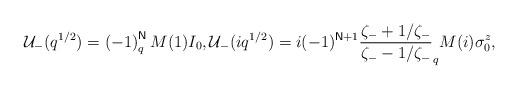
LaTeX: \begin{align*}\mathcal{U}_{-}(q^{1/2})=\left( -1\right) ^{\mathsf{N}}_{q}M(1)I_{0},\mathcal{U}_{-}(iq^{1/2})=i(-1)^{\mathsf{N}+1}\frac{\zeta _{-}+1/\zeta _{-}}{\zeta _{-}-1/\zeta _{-}}_{q}M(i)\sigma _{0}^{z}, \end{align*}